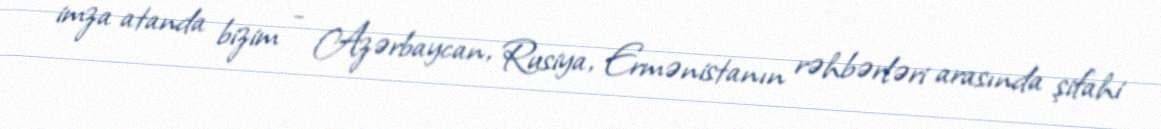
imza atanda bizim - Azərbaycan, Rusiya, Ermənistanın rəhbərləri arasında şifahi